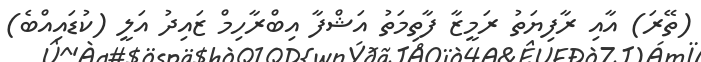
(ތޭރަ) އާއި ރާފިޔަތު ރަމީޒާ ފާތިމަތު އަޝްފާ އިބްރާހިމް ޒައިދު އަލީ (ކުޑައިއްބެ)